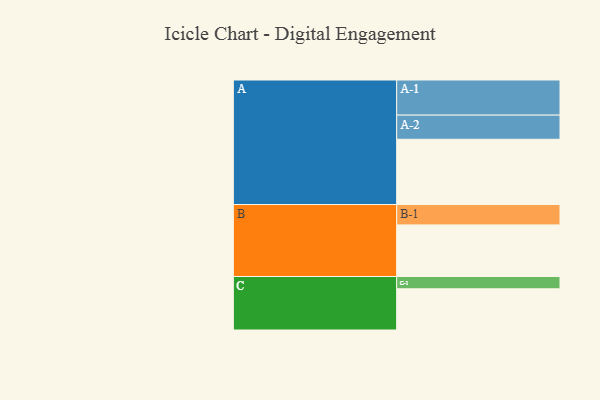
{"axis": {"x": "Segment", "y": "Value"}, "legend": ["", "A", "B", "C"], "data": [{"x": "A", "y": 483, "type": ""}, {"x": "B", "y": 382, "type": ""}, {"x": "C", "y": 305, "type": ""}, {"x": "A-1", "y": 260, "type": "A"}, {"x": "A-2", "y": 179, "type": "A"}, {"x": "B-1", "y": 151, "type": "B"}, {"x": "C-1", "y": 91, "type": "C"}]}